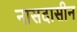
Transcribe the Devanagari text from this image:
नासदासीन